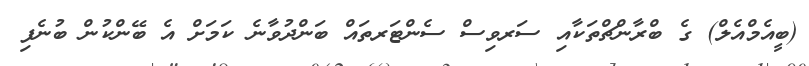
(ބީއެމްއެލް) ގެ ބްރާންޗްތަކާއި ސަރވިސް ސެންޓަރތައް ބަންދުވާނެ ކަމަށް އެ ބޭންކުން ބުނެފި